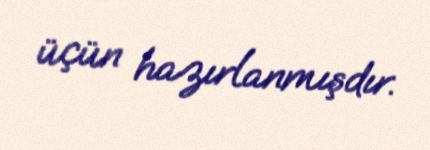
üçün hazırlanmışdır.